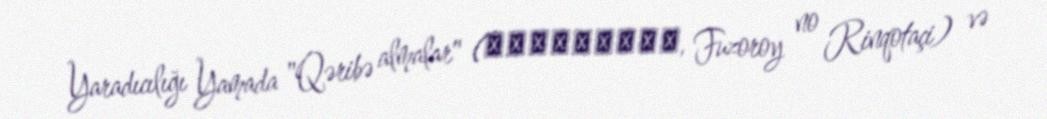
Yaradıcılığı Yamada "Qəribə almalar" (ふぞろいの林檎たち, Fuzoroy no Rinqotaçi) və